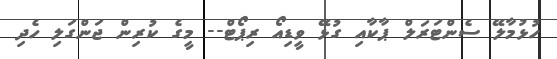
ހުޅުމާލޭ ސެންޓަރަލް ޕާކާއި ގުޅޭ ވީޑިއޯ ރިޕޯޓް-- މީގެ ކުރިން ޖަންގަލި ހެދި